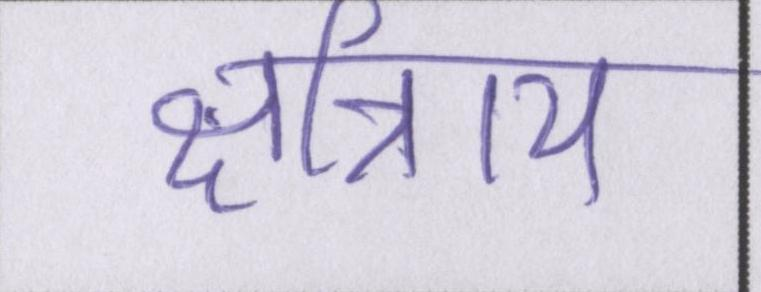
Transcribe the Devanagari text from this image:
क्षत्रिाय